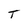
Character: T